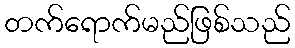
တက်ရောက်မည်ဖြစ်သည်